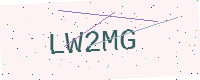
Text: LW2MG